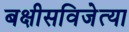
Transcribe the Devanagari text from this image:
बक्षीसविजेत्या